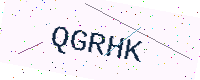
Text: QGRHK